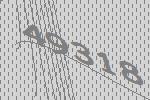
49318